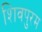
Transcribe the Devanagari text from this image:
शिवपुरम